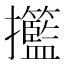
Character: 𢺙